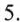
5.